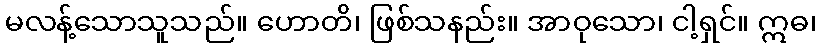
မလန့်သောသူသည်။ ဟောတိ၊ ဖြစ်သနည်း။ အာဝုသော၊ ငါ့ရှင်။ ဣဓ၊